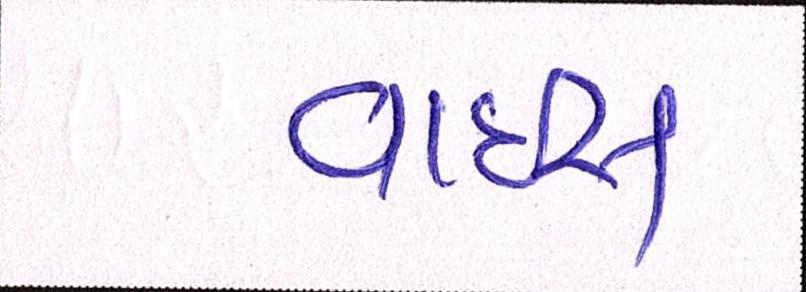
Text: વાઈસ